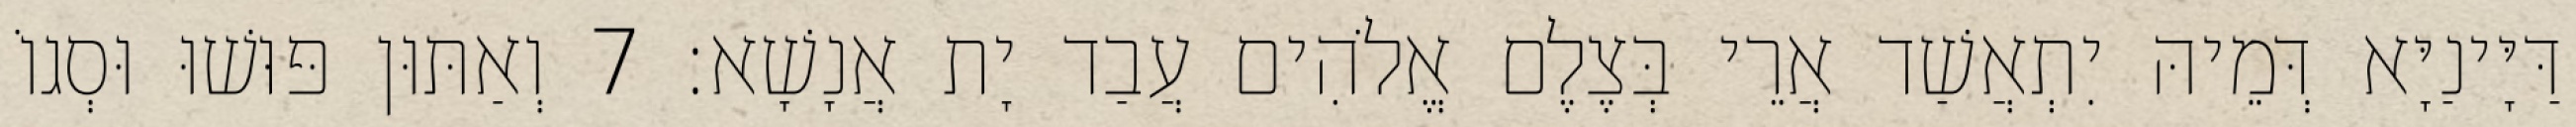
דַּיָּינַיָּא דְּמֵיהּ יִתְאֲשַׁד אֲרֵי בְּצֶלֶם אֱלֹהִים עֲבַד יָת אֲנָשָׁא׃ 7 וְאַתּוּן פּוּשׁוּ וּסְגוֹ